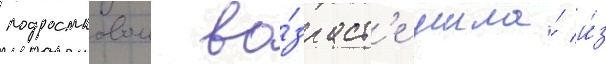
подростковом во́зраст'е ушла́ и́з